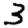
Digit: 3